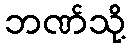
ဘဏ်သို့